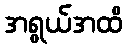
အရွယ်အထိ